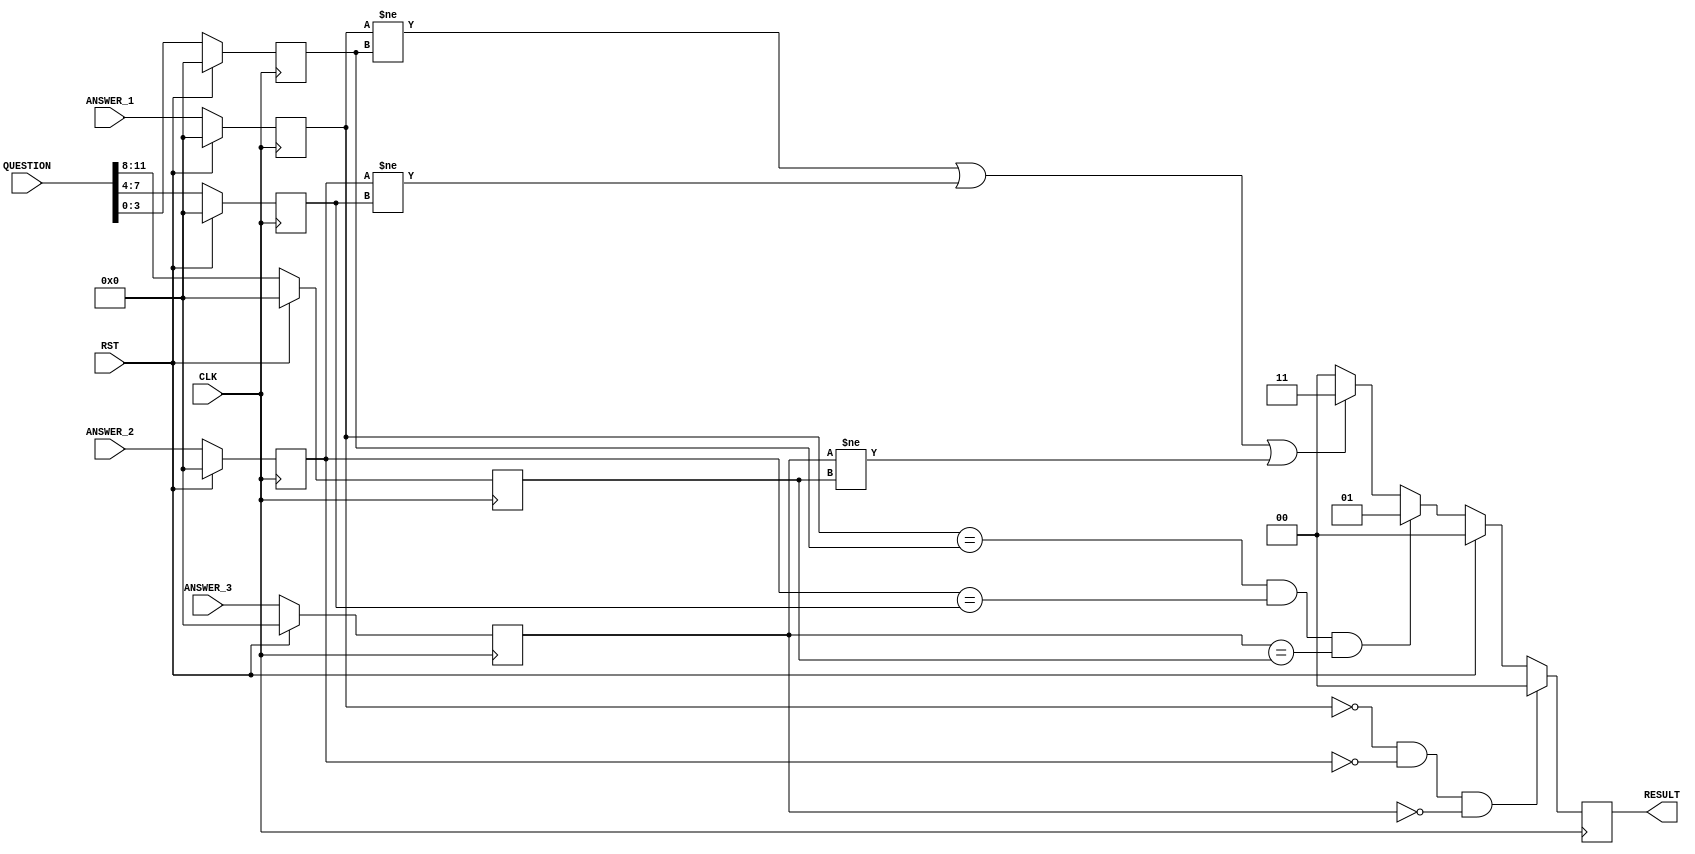
module CHECK(
input CLK,RST,
input [3:0] ANSWER_1, ANSWER_2, ANSWER_3,//1P 12bit
input [23:0] QUESTION,//DB 24bit
//input [3:0] STATE,
output reg [1:0] RESULT//LED
);

reg [3:0] answer_1, answer_2, answer_3;
reg [3:0] check_1, check_2, check_3;

// always@(posedge CLK)begin
//   if(STATE == 4'b0111)begin//WRONG  
//     answer_1 <= 4'b0;
//     answer_2 <= 4'b0;
//     answer_3 <= 4'b0;
//   end
//   else begin
//   answer_1 <= ANSWER_1;
//   answer_2 <= ANSWER_2;
//   answer_3 <= ANSWER_3;
//   check_1 <= QUESTION[3:0];
//   check_2 <= QUESTION[7:4];
//   check_3 <= QUESTION[11:8];
//   end
// end

initial begin
  answer_1 <= 4'b0;
  answer_2 <= 4'b0;
  answer_3 <= 4'b0;
  check_1 <= 4'b0;
  check_2 <= 4'b0;
  check_3 <= 4'b0;
  RESULT <= 2'b00;
end

always @(posedge CLK) begin
  if(RST)begin
    answer_1 <= 4'b0;
    answer_2 <= 4'b0;
    answer_3 <= 4'b0;
    check_1 <= 4'b0;
    check_2 <= 4'b0;
    check_3 <= 4'b0;
  end
  else begin
    answer_1 <= ANSWER_1;
    answer_2 <= ANSWER_2;
    answer_3 <= ANSWER_3;
    check_1 <= QUESTION[3:0];
    check_2 <= QUESTION[7:4];
    check_3 <= QUESTION[11:8];
  end
end




always @(posedge CLK)begin
  if(answer_1 == 4'b0 && answer_2 == 4'b0 && answer_3 == 4'b0) begin 
    //RESULT <= RESULT;
    RESULT <= 2'b00;
  end
  else if(RST)
    RESULT <= 2'b00;
  else if((answer_1 == check_1) && (answer_2 == check_2) && (answer_3 == check_3))//
    RESULT <= 2'b01;
  else if((answer_1 != check_1) || (answer_2 != check_2) || (answer_3 != check_3))//
    RESULT <= 2'b11;    
  else 
    RESULT <= 2'b00; //
  
end


endmodule